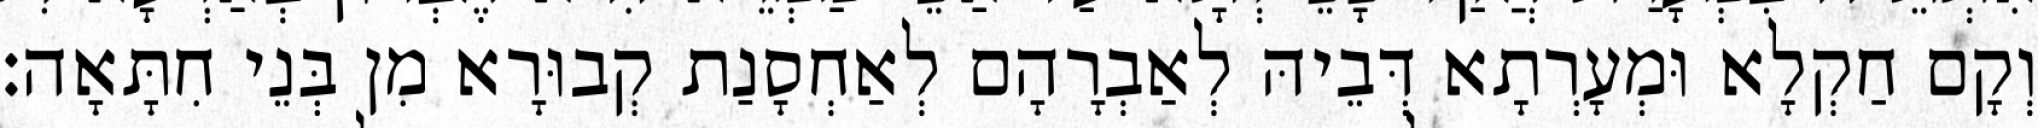
וְקָם חַקְלָא וּמְעָרְתָא דְּבֵיהּ לְאַבְרָהָם לְאַחְסָנַת קְבוּרָא מִן בְּנֵי חִתָּאָה׃